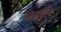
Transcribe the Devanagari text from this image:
ब्रियूइंग